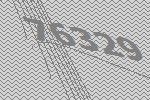
76329